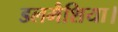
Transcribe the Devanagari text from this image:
डलमैशिया।